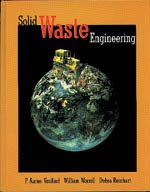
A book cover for Solid Waste Engineering; P. Aarne Vesilind; Science & Math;